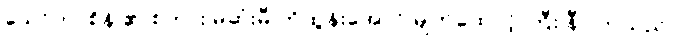
သော်တာစိန် ၏ စကား မဆုံးမီ ကိုထွန်းအောင် မျက်ထောင့် ကြီး နီ လာသည် ။